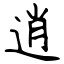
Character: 逍